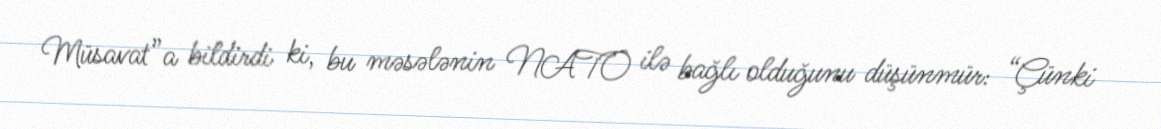
Müsavat”a bildirdi ki, bu məsələnin NATO ilə bağlı olduğunu düşünmür: “Çünki